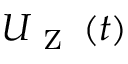
{ U _ { \mathrm { ~ Z ~ } } } \left( t \right)